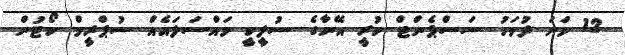
12 ވަނަ ދުވަހު ސަސްޕެންޓް ކުރީ އޭނާގެ ސުލީކީ މައްސަލައެއް ސުޕްރީމް ކޯޓުން